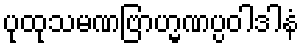
ပုထုသမဏဗြာဟ္မဏပ္ပဝါဒါနံ